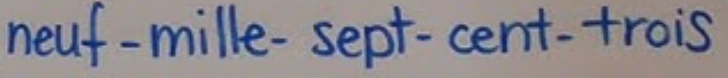
neuf-mille-sept-cent-trois